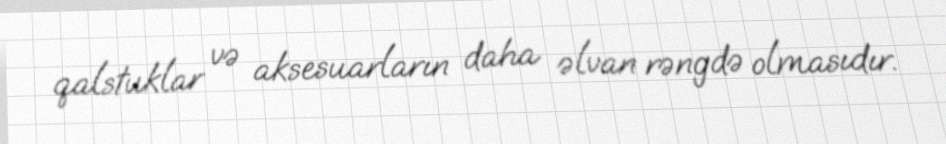
qalstuklar və aksesuarların daha əlvan rəngdə olmasıdır.